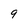
Character: 9